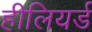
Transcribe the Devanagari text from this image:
हीलियर्ड